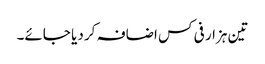
تین ہزار فی کس اضافہ کر دیا جائے۔